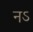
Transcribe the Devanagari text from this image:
नऽ